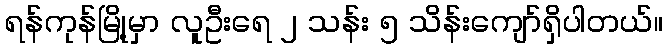
ရန်ကုန်မြို့မှာ လူဦးရေ ၂ သန်း ၅ သိန်းကျော်ရှိပါတယ်။